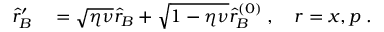
\begin{array} { r l } { \hat { r } _ { B } ^ { \prime } } & { { } = \sqrt { \eta \nu } \hat { r } _ { B } + \sqrt { 1 - \eta \nu } \hat { r } _ { B } ^ { ( 0 ) } \; , \quad r = x , p \; . } \end{array}